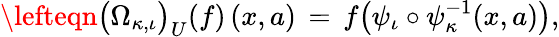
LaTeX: \lefteqn{\big(\Omega_{\kappa,\iota}\big)_{U}(f)\, (x,a)\, =\, f\big(\psi_{\iota}\circ\psi_{\kappa}^{-1}(x,a)\big),}